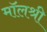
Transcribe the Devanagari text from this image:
मॉलश्री